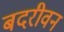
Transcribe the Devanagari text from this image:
बदरीवन